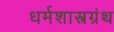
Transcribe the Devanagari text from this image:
धर्मशास्त्रग्रंथ